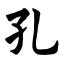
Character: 孔